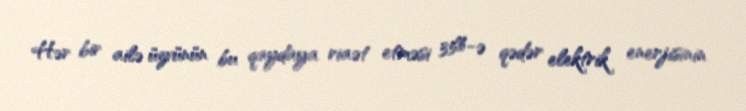
Hər bir ailə üzvünün bu qaydaya riaət etməsi 35%-ə qədər elektrik enerjisinin